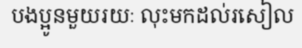
បងប្អូនមួយរយៈ លុះមកដល់រសៀល